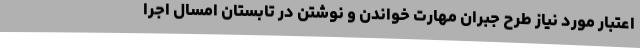
اعتبار مورد نیاز طرح جبران مهارت خواندن و نوشتن در تابستان امسال اجرا